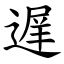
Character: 遅